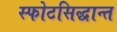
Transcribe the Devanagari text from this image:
स्फोटसिद्धान्त